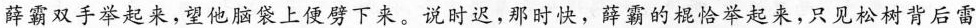
薛霸双手举起来，望他脑袋上便劈下来。说时迟，那时快，薛霸的棍恰举起来，只见松树背后雷